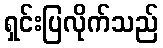
ရှင်းပြလိုက်သည်